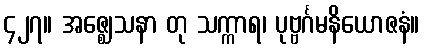
၄၂၇။ အဇ္ဈေသနာ တု သက္ကာရ၊ ပုဗ္ဗင်္ဂမနိယောဇနံ။